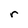
Character: r